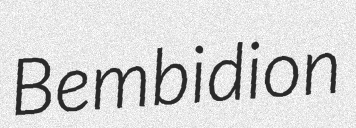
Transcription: Bembidion